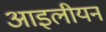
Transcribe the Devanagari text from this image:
आइलीयन